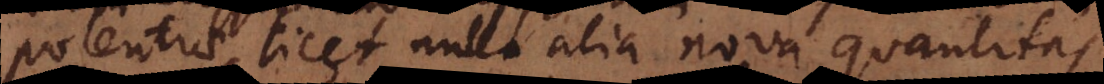
potentiae, licet nulla alia nova quantitas